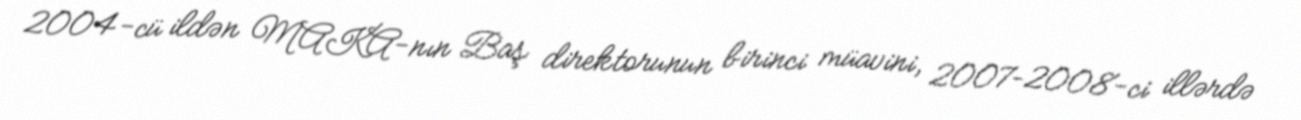
2004-cü ildən MAKA-nın Baş direktorunun birinci müavini, 2007–2008-ci illərdə